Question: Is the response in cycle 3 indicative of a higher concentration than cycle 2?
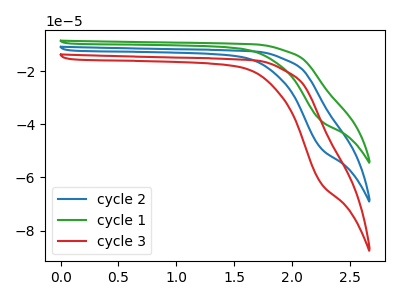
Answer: <think>The blue curve "cycle 2" has no peaks. The green curve "cycle 1" has no peaks. The red curve "cycle 3" has no peaks.
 Neither "cycle 3" or "cycle 2" have any peaks.</think>
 <answer>I cant tell if "cycle 3" or "cycle 2" has more signal.</answer>
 <eval>mixed_signal</eval>